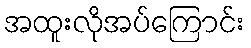
အထူးလိုအပ်ကြောင်း